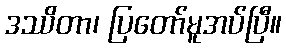
ဒဿိတာ၊ ပြတော်မူအပ်ပြီ။